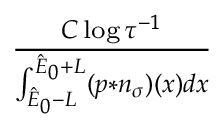
\begin{array} { r } { \frac { C \log { \tau ^ { - 1 } } } { \int _ { \hat { E } _ { 0 } - L } ^ { \hat { E } _ { 0 } + L } ( p \ast n _ { \sigma } ) ( x ) d x } } \end{array}